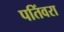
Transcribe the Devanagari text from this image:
पतिंवरा